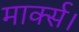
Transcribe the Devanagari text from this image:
मार्क्स।